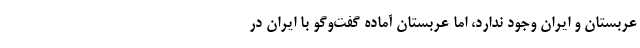
عربستان و ایران وجود ندارد، اما عربستان آماده گفت‌وگو با ایران در